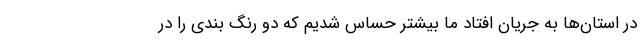
در استان‌ها به جریان افتاد ما بیشتر حساس شدیم که دو رنگ بندی را در